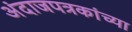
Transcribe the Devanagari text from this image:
अंदाजपत्रकांच्या